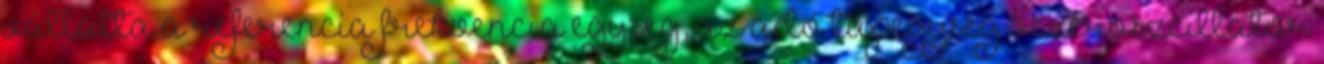
vállalta a referencia frekvencia egység, az adó tápegység vezéroszcillátor